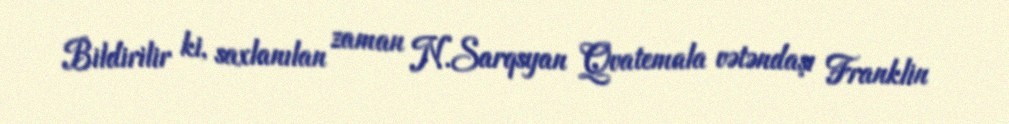
Bildirilir ki, saxlanılan zaman N.Sarqsyan Qvatemala vətəndaşı Franklin